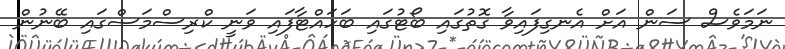
ނަމަވެސް ސަން އަށް އެނގިފައިވާ ގޮތުގައި ބޯޓުގައި ބަހައްޓާފައި ވަނީ ކްރިސްމަސްގައި ބޭނުން